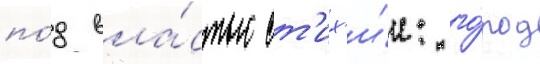
по́д вла́стью ст'их'и́и: го́род